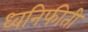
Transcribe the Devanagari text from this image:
ध्वनिफीती